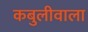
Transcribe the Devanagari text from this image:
कबुलीवाला